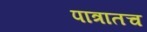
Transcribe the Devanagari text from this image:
पात्रातच